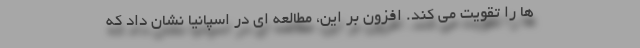
ها را تقویت می کند. افزون بر این، مطالعه ای در اسپانیا نشان داد که